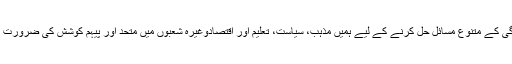
زندگی کے متنوع مسائل حل کرنے کے لیے ہمیں مذہب، سیاست، تعلیم اور اقتصادوغیرہ شعبوں میں متحد اور پیہم کوشش کی ضرورت ہے۔